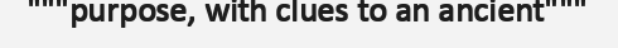
"""purpose, with clues to an ancient"""